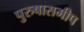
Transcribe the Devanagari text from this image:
पुरुषासमीप